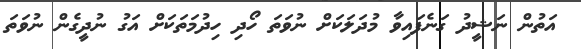
އަތުން ނަޝީދު ގަނެފައިވާ މުދަލަކަށް ނުވަތަ ހޯދި ހިދުމަތަކަށް އަގު ނުދީގެން ނުވަތަ